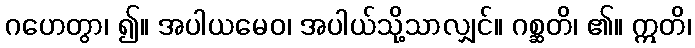
ဂဟေတွာ၊ ၍။ အပါယမေဝ၊ အပါယ်သို့သာလျှင်။ ဂစ္ဆတိ၊ ၏။ ဣတိ၊